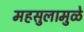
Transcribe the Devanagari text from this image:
महसुलामुळे